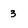
Character: 3